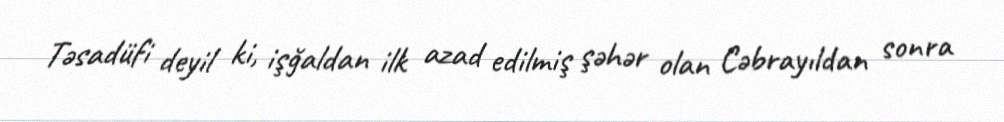
Təsadüfi deyil ki, işğaldan ilk azad edilmiş şəhər olan Cəbrayıldan sonra